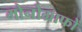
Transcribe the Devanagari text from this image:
मोनोग्राफों